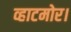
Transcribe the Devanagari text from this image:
व्हाटमोर।